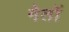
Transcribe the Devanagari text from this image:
गेतों